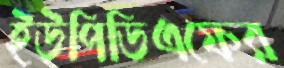
ইউপিডিএফের